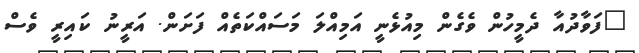
"ފަވާދުއާ ދެމީހުން ވެގެން މިއުޅެނީ އަމިއްލަ މަސައްކަތެއް ފަށަން. އަރީނު ކައިރީ ވެސް